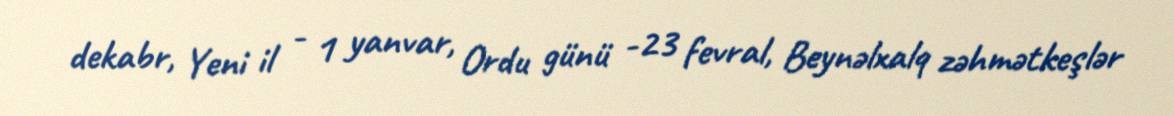
dekabr, Yeni il - 1 yanvar, Ordu günü -23 fevral, Beynəlxalq zəhmətkeşlər